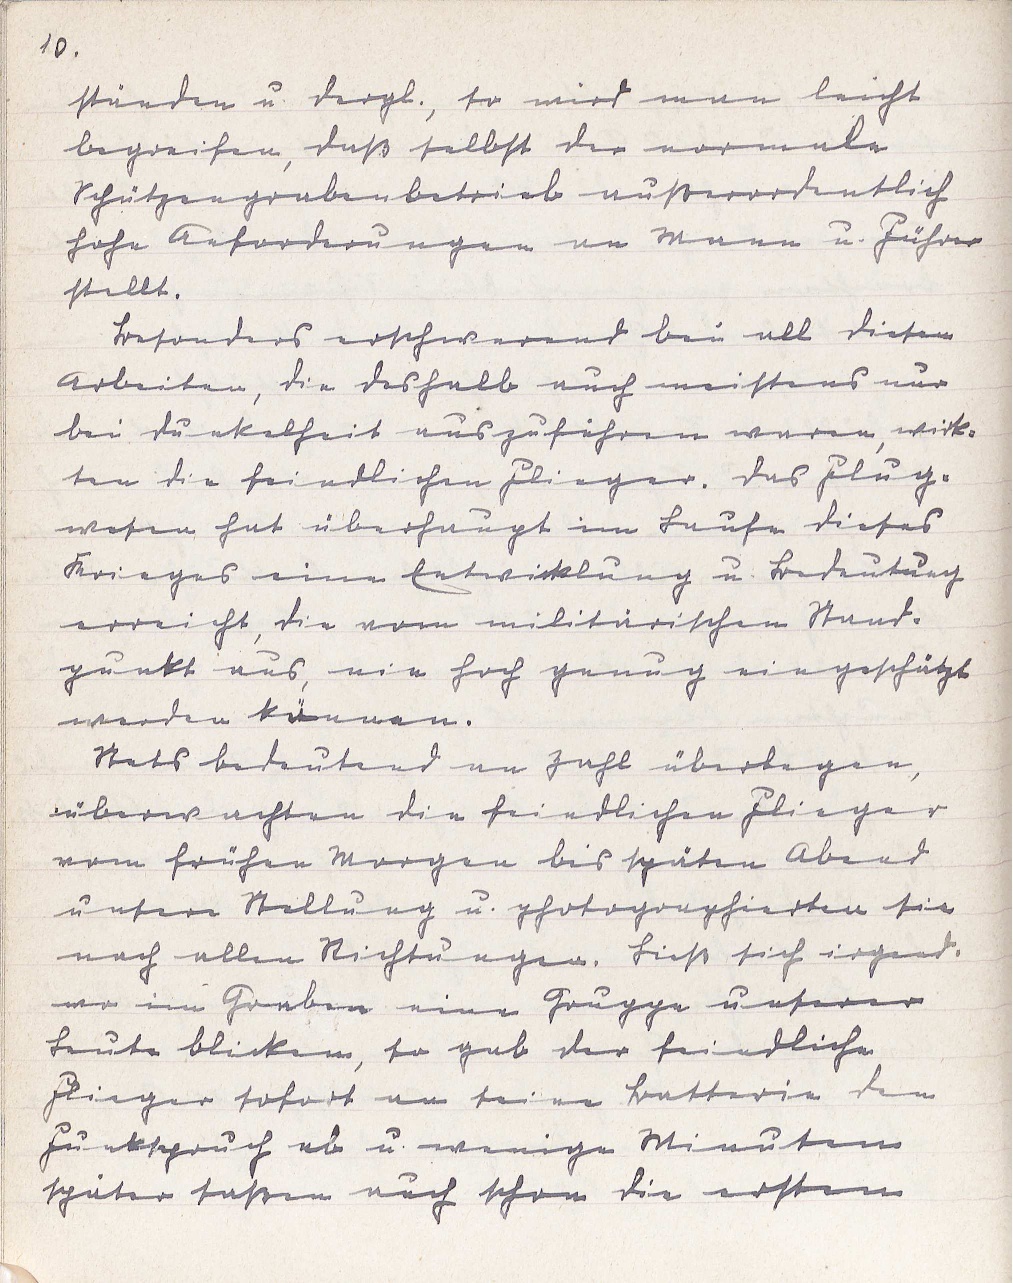
10.
ständen u. dergl., so wird man leicht
begreifen, daß selbst der normale
Schützengrabenbetrieb außerordentlich
hohe Anforderungen an Mann u. Führer
stellt.
Besonders erschwerend bei all diesen
Arbeiten, die deshalb auch meistens nur
bei Dunkelheit auszuführen waren, wirk¬
ten die feindlichen Flieger. Das Flug¬
wesen hat überhaupt im Laufe dieses
Krieges eine Entwicklung u. Bedeutung
erreicht, die vom militärischen Stand¬
punkt aus, nie hoch genug eingeschätzt
werden können.
Stets bedeutend an Zahl überlegen,
überwachten die feindlichen Flieger
vom frühen Morgen bis späten Abend
unsere Stellung u. photographierten sie
nach allen Richtungen. Ließ sich irgend¬
wo im Graben eine Gruppe unserer
Leute blicken, so gab der feindliche
Flieger sofort an seine Batterie den
Funkspruch ab u. wenige Minuten
später saßen auch schon die ersten